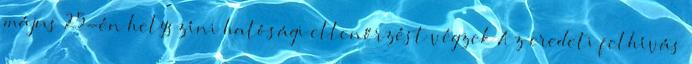
május 25-én helyszíni hatósági ellenőrzést végzek Az eredeti felhívás